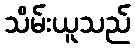
သိမ်းယူသည်